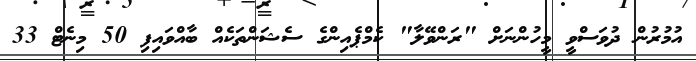
އުމުރުން ދުވަސްވީ މީހުންނަށް "ރަންވޭލާ" ކެމްޕެއިންގެ ސެޝަންތަކެއް ބާއްވައިފި 50 މިނެޓް 33